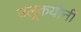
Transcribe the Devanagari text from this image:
उलूकयोनी